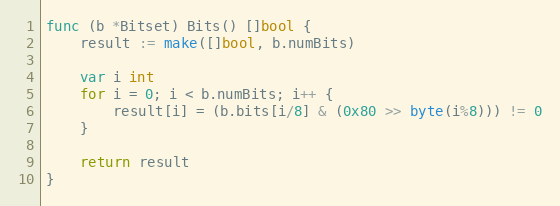
Language: Go
func (b *Bitset) Bits() []bool {
	result := make([]bool, b.numBits)

	var i int
	for i = 0; i < b.numBits; i++ {
		result[i] = (b.bits[i/8] & (0x80 >> byte(i%8))) != 0
	}

	return result
}